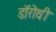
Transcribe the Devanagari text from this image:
डॉरोथी